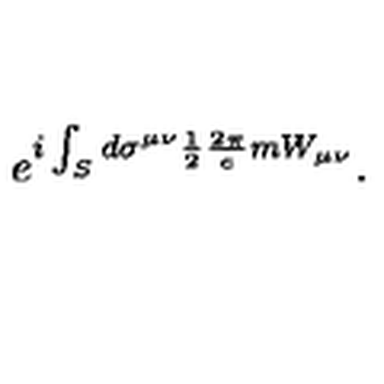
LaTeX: e ^ { i \int _ { S } d \sigma ^ { \mu \nu } \frac { 1 } { 2 } \frac { 2 \pi } { e } m W _ { \mu \nu } } .